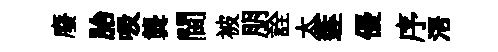
廢胎吸龔閫被朋詮太莲優序浯